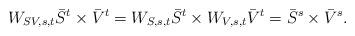
LaTeX: \begin{align*}W_{SV,s,t} \bar{S}^{t} \times\bar{V}^{t}=W_{S,s,t}\bar{S}^{t}\times W_{V,s,t}\bar{V}^{t}=\bar{S}^{s}\times\bar{V}^{s}. \end{align*}